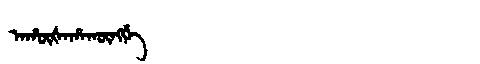
Manchu: ᠠᡥᡡᡧᠠᡥᠠᡴᡡᠩᡤᡝ
Romanization: AHŪŠAHAKŪNGGE